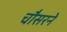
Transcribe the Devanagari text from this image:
चौसरने